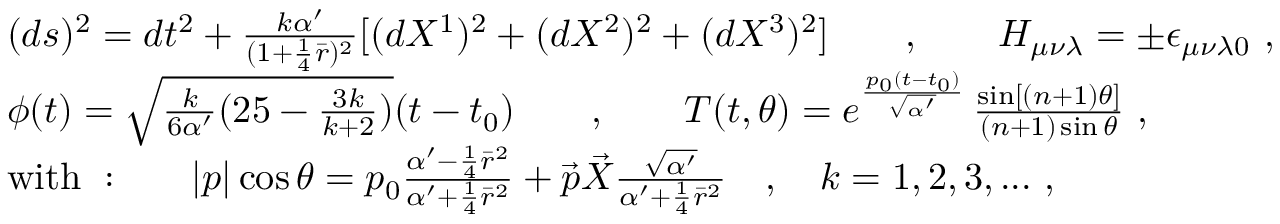
\begin{array} { l } { { ( d s ) ^ { 2 } = d t ^ { 2 } + \frac { k \alpha ^ { \prime } } { ( 1 + \frac { 1 } { 4 } \bar { r } ) ^ { 2 } } [ ( d X ^ { 1 } ) ^ { 2 } + ( d X ^ { 2 } ) ^ { 2 } + ( d X ^ { 3 } ) ^ { 2 } ] \qquad , \qquad H _ { \mu \nu \lambda } = \pm \epsilon _ { \mu \nu \lambda 0 } ~ , } } \\ { { \phi ( t ) = \sqrt { \frac { k } { 6 \alpha ^ { \prime } } ( 2 5 - \frac { 3 k } { k + 2 } ) } ( t - t _ { 0 } ) \qquad , \qquad T ( t , \theta ) = e ^ { \frac { p _ { 0 } ( t - t _ { 0 } ) } { \sqrt { \alpha ^ { \prime } } } } \, \frac { \sin [ ( n + 1 ) \theta ] } { ( n + 1 ) \sin \theta } ~ , } } \\ { { \mathrm { w i t h ~ : } \qquad | p | \cos \theta = p _ { 0 } \frac { \alpha ^ { \prime } - \frac { 1 } { 4 } \bar { r } ^ { 2 } } { \alpha ^ { \prime } + \frac { 1 } { 4 } \bar { r } ^ { 2 } } + \vec { p } \vec { X } \frac { \sqrt { \alpha ^ { \prime } } } { \alpha ^ { \prime } + \frac { 1 } { 4 } \bar { r } ^ { 2 } } \quad , \quad k = 1 , 2 , 3 , . . . ~ , } } \end{array}